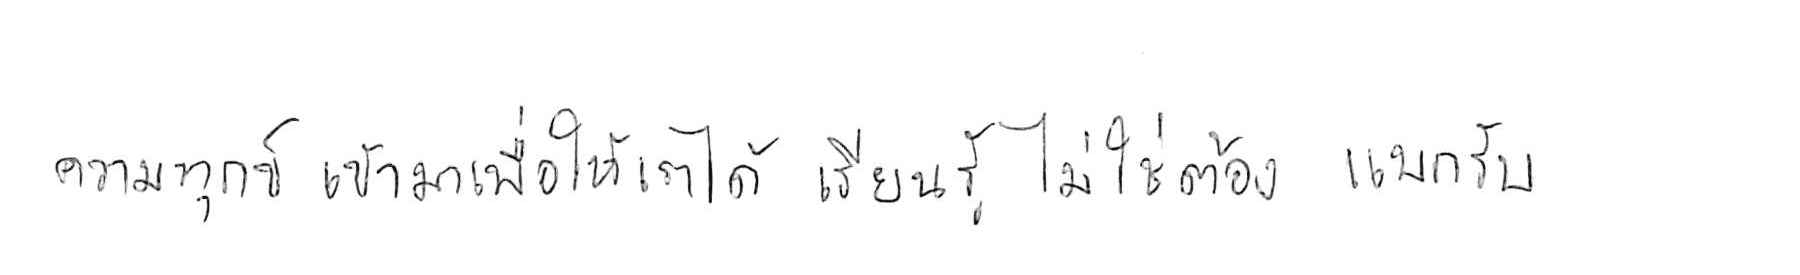
ความทุกข์ เข้ามาเพื่อให้เราได้ เรียนรู้ ไม่ใช่ต้อง แบกรับ